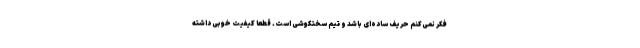
فکر نمی‌کنم حریف ساده‌ای باشد و تیم سختکوشی است. قطعا کیفیت خوبی داشته